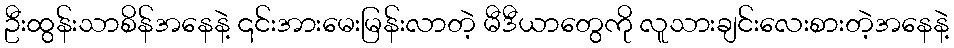
ဦးထွန်းသာစိန်အနေနဲ့ ၎င်းအားမေးမြန်းလာတဲ့ မီဒီယာတွေကို လူသားချင်းလေးစားတဲ့အနေနဲ့